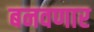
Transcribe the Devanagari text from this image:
बनवणार